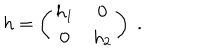
LaTeX: h = \left( \begin{array} { c c } { { h _ { 1 } } } & { { 0 } } \\ { { 0 } } & { { h _ { 2 } } } \\ \end{array} \right) \; .